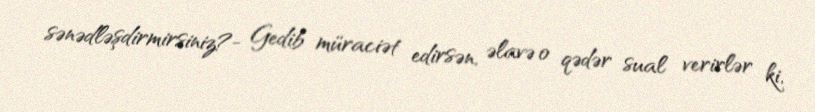
sənədləşdirmirsiniz?- Gedib müraciət edirsən, əlavə o qədər sual verirlər ki,